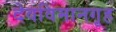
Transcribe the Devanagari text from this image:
देवविमानगृह